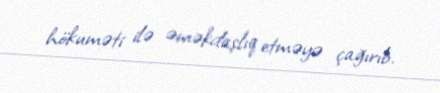
hökuməti ilə əməkdaşlıq etməyə çağırıb.